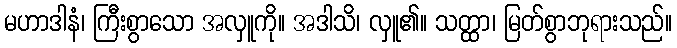
မဟာဒါနံ၊ ကြီးစွာသော အလှူကို။ အဒါသိ၊ လှူ၏။ သတ္ထာ၊ မြတ်စွာဘုရားသည်။